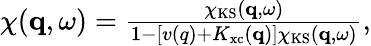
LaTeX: \begin{array}{r}{\chi(\mathbf{q},\omega)=\frac{\chi_{\mathrm{KS}}(\mathbf{q},\omega)}{1-\left[v(q)+K_{\mathrm{xc}}(\mathbf{q})\right]\chi_{\mathrm{KS}}(\mathbf{q},\omega)},}\end{array}